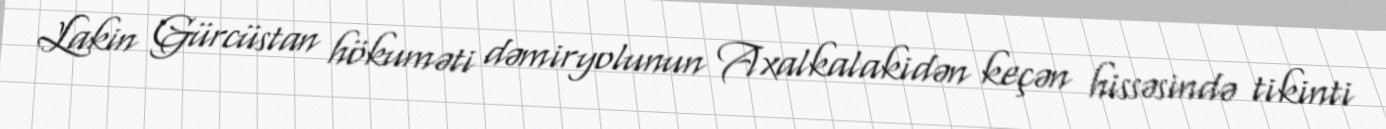
Lakin Gürcüstan hökuməti dəmiryolunun Axalkalakidən keçən hissəsində tikinti